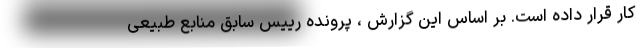
کار قرار داده است. بر اساس این گزارش ، پرونده رییس سابق منابع طبیعی